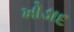
ખોડાદ